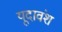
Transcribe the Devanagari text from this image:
यूदावंश